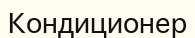
Кондиционер